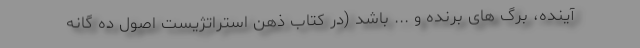
آینده، برگ های برنده و ... باشد (در کتاب ذهن استراتژیست اصول ده گانه